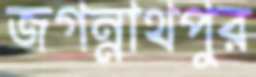
জগন্নাথপুর